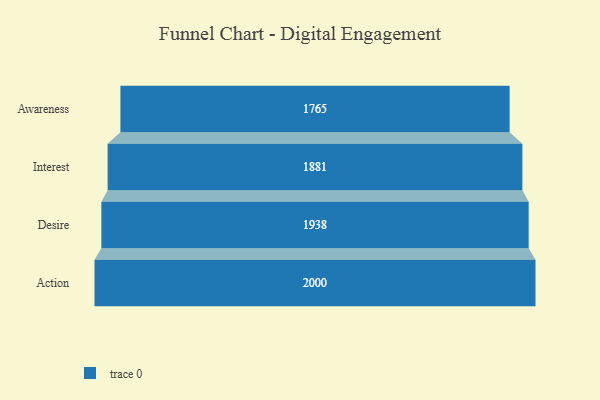
{"axis": {"x": "Stage", "y": "Value"}, "legend": [""], "data": [{"x": "Awareness", "y": 1765.0, "type": ""}, {"x": "Interest", "y": 1881.0, "type": ""}, {"x": "Desire", "y": 1938.0, "type": ""}, {"x": "Action", "y": 2000, "type": ""}]}